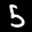
Label: 5